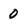
Character: 0